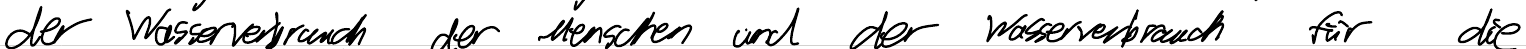
der Wasserverbrauch der Menschen und der Wasserverbrauch für die